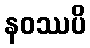
နဝဿပိ